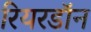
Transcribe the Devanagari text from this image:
रियरडॉन